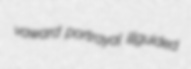
vaward portrayal illguided